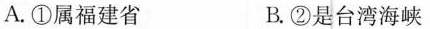
A.①属福建省 B.②是台湾海峡